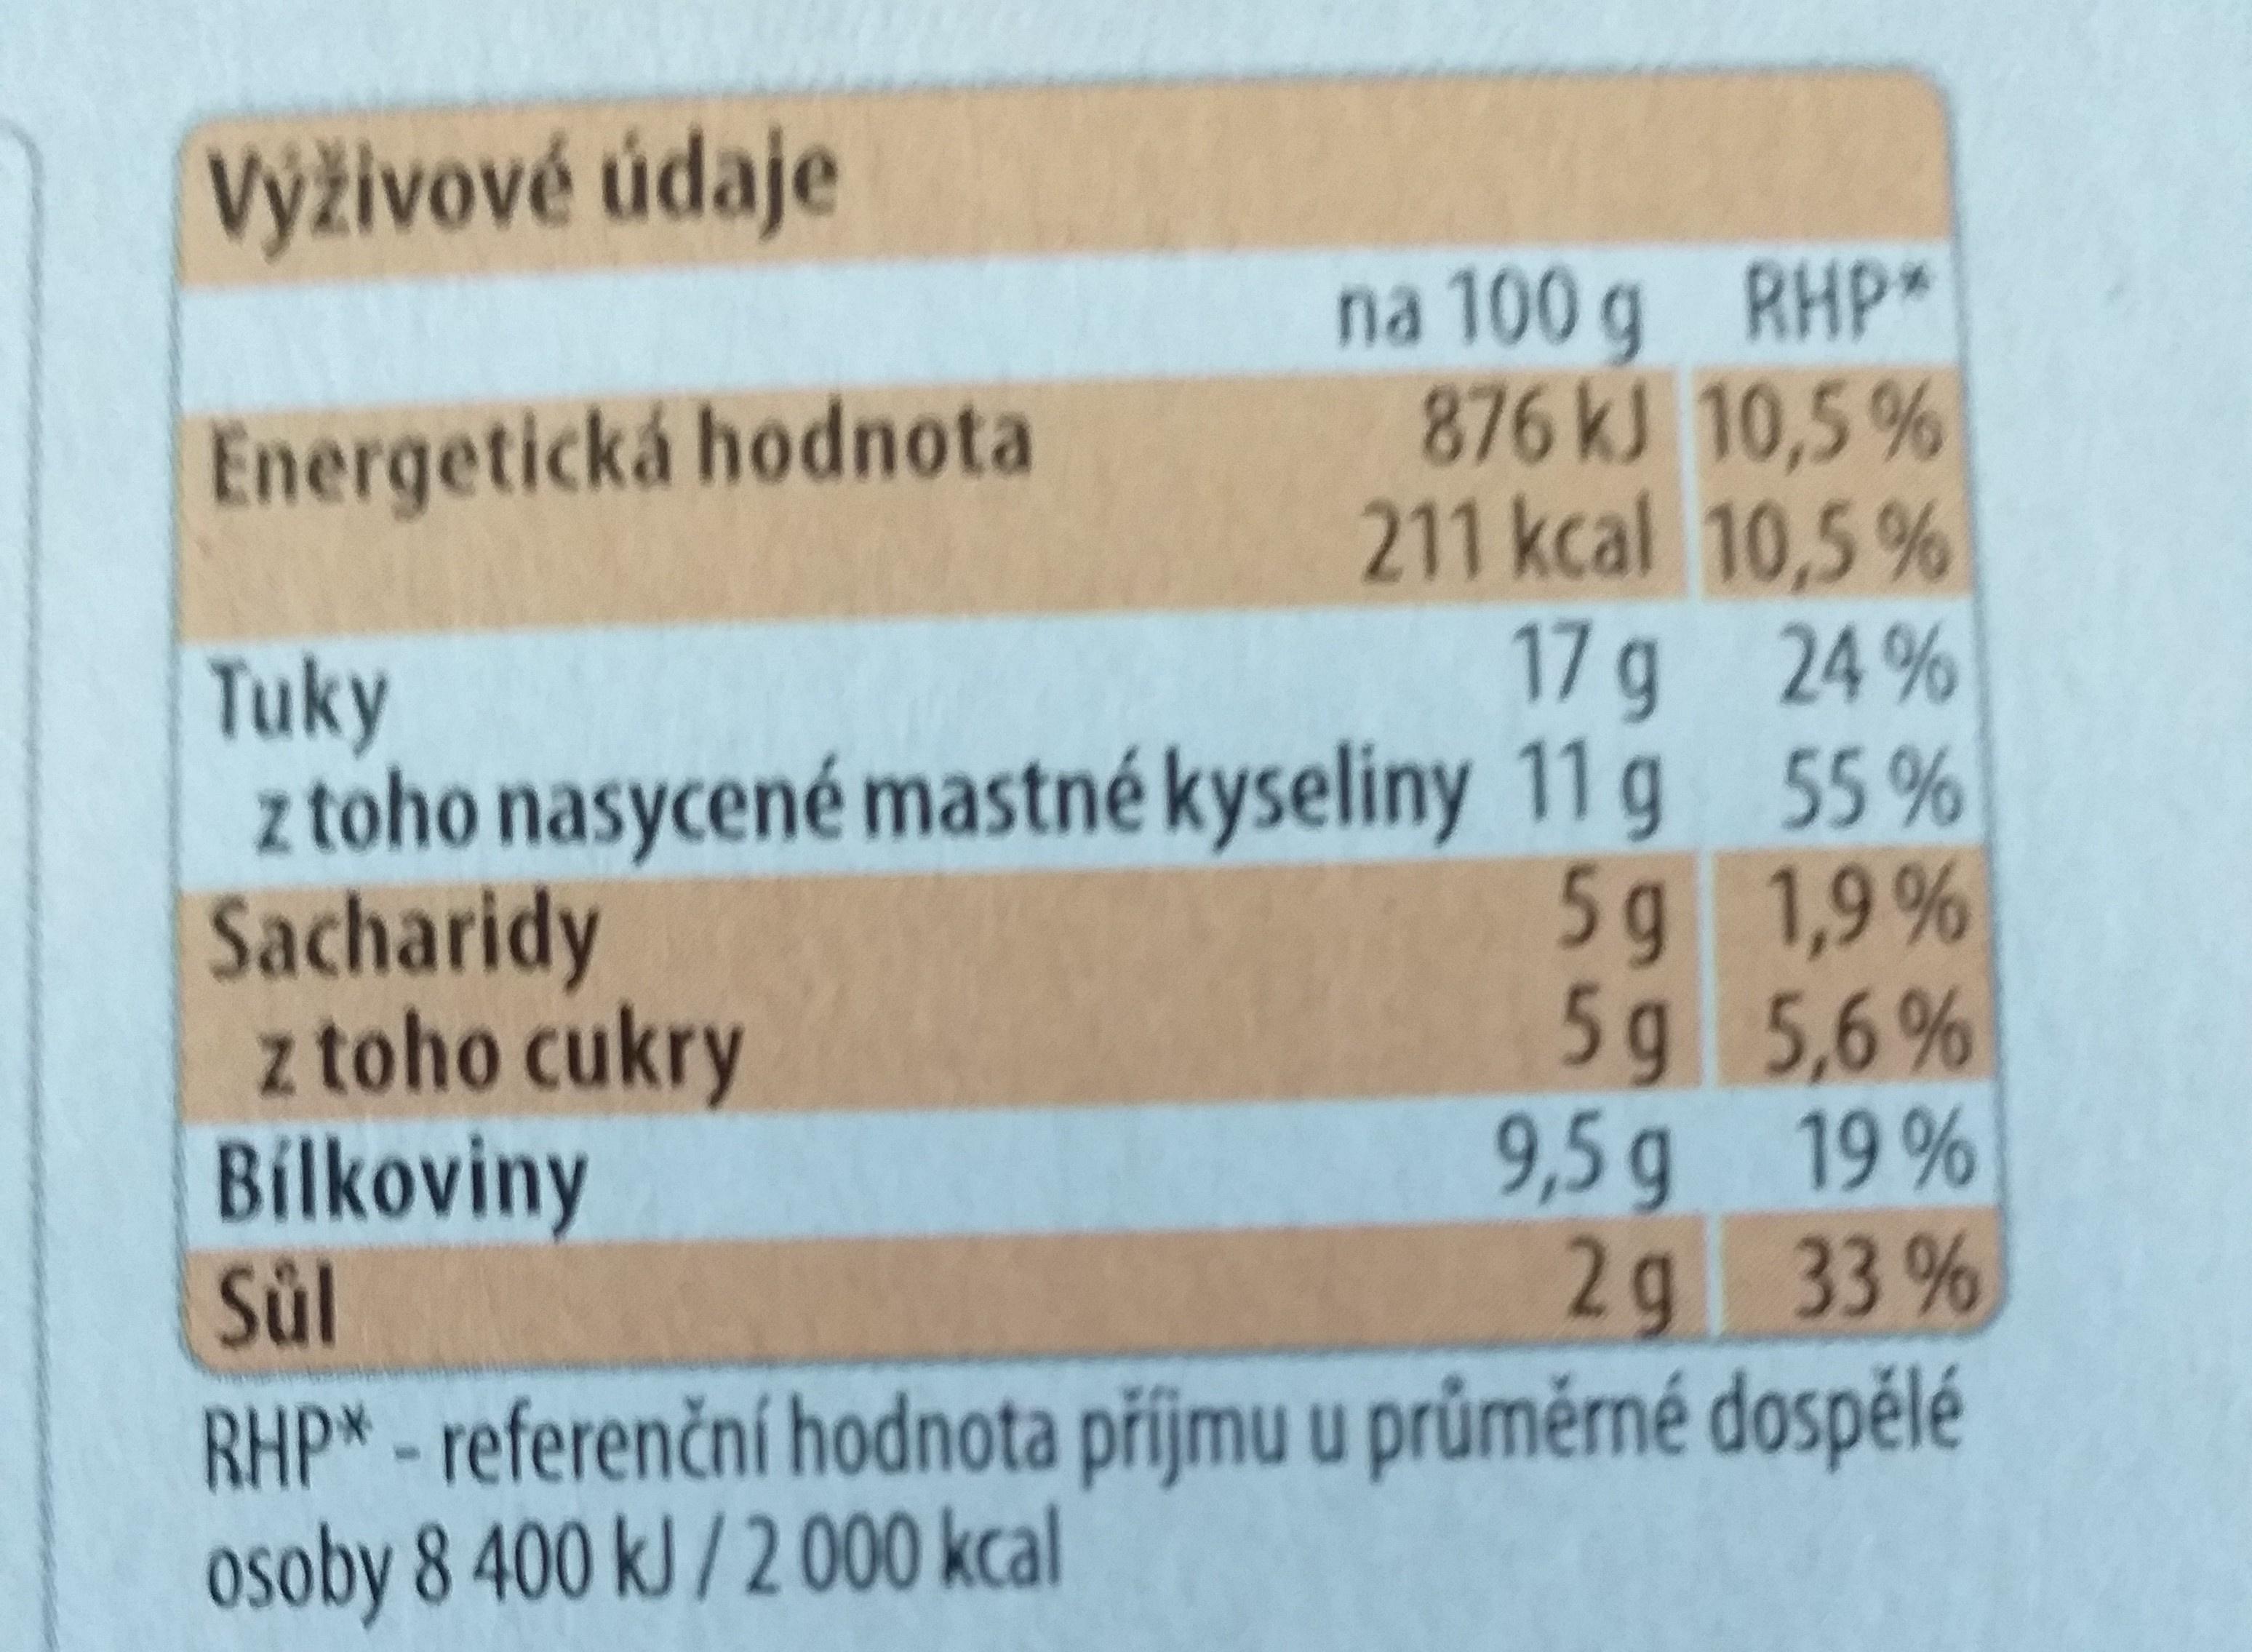
Výživové údaje
na 100 g RHP* 876KJ 10,5% 211 kcal 10,5 % 17 g 24% z toho nasycené mastné kyseliny 11 g 55 % 5g 1,9% 5g 5,6% 9,5 g 19 % 2g 33 % RHP* - referenční hodnota příjmu u průměrné dospělé
Energetická hodnota
Tuky
Sacharidy z toho cukry Bilkoviny Sül
osoby 8 400 kJ / 2 000 kcal